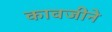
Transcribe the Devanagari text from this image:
कावजीने